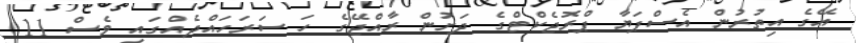
އޭގެ އިތުރުން އެސްޕަޔާ ޕްރޮޖެކްޓްގެ ދަށުން ރާއްޖޭގެ ހަ ސަަރަހައްދެއްގައި ވެސް 11